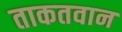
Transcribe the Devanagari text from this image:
ताकतवान